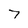
Character: 7